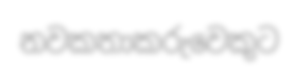
නවකතාකරුවෙකුට